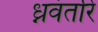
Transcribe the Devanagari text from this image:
ध्नवंतरि